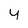
Character: y